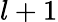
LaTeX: l+1